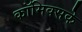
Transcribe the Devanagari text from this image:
कॉमिक्सके